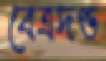
বেত্রদণ্ড